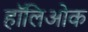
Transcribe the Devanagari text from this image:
हॉलिओक